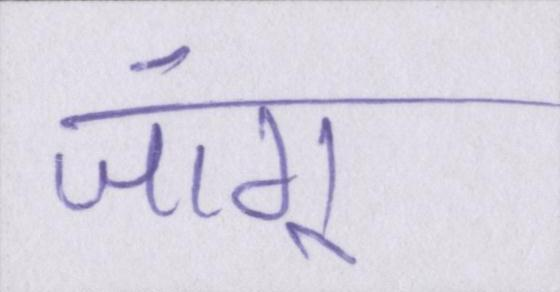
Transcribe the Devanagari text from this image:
जांगू